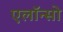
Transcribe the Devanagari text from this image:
एलॉन्सो